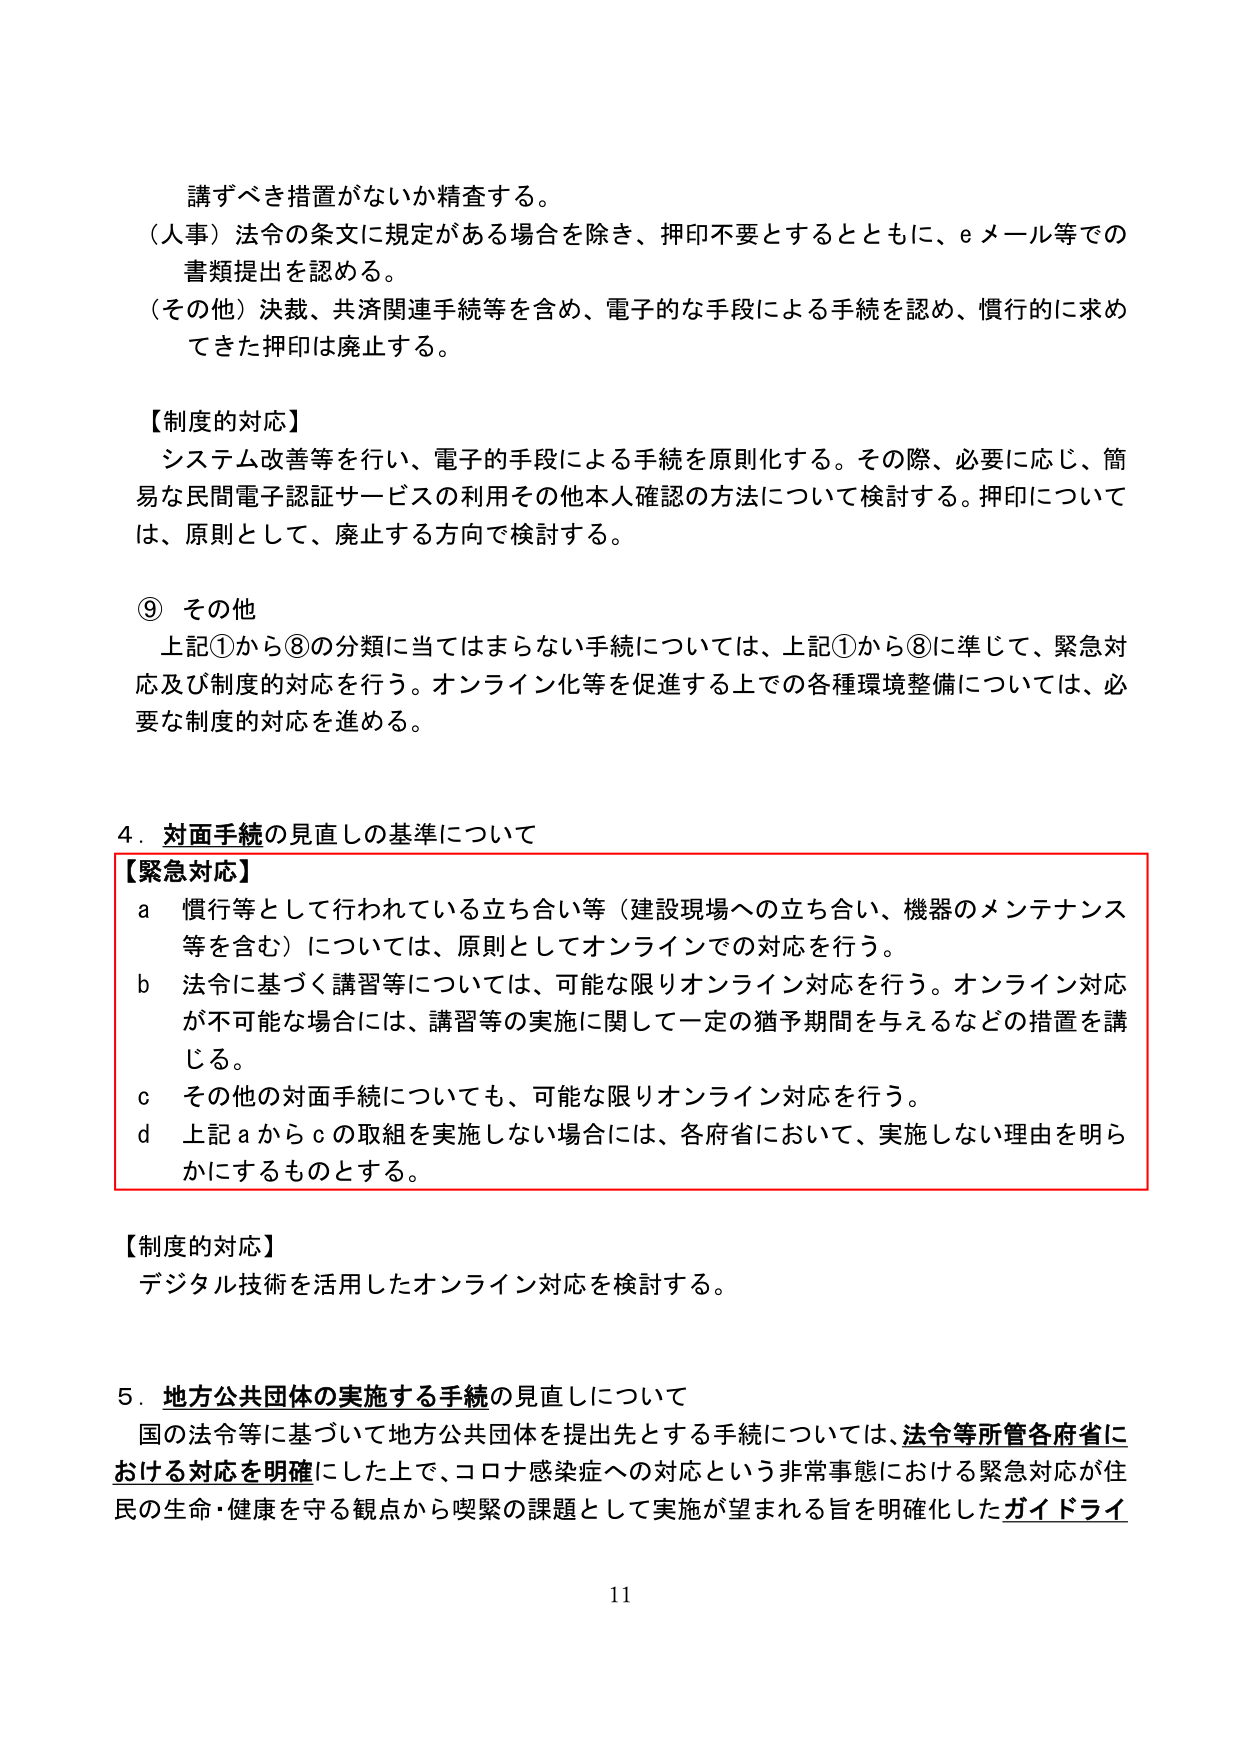
講ずべき措置がないか精査する。
（人事）法令の条文に規定がある場合を除き、押印不要とするとともに、eメール等での書類提出を認める。
（その他）決裁、共済関連手続等を含め、電子的な手段による手続を認め、慣行的に求めてきた押印は廃止する。

【制度的対応】
システム改善等を行い、電子的手段による手続を原則化する。その際、必要に応じ、簡易な民間電子認証サービスの利用その他本人確認の方法について検討する。押印については、原則として、廃止する方向で検討する。

⑨ その他
上記①から⑧の分類に当てはまらない手続については、上記①から⑧に準じて、緊急対応及び制度的対応を行う。オンライン化等を促進する上での各種環境整備については、必要な制度的対応を進める。

4．対面手続の見直しの基準について
【緊急対応】
a 慣行等として行われている立ち合い等（建設現場への立ち合い、機器のメンテナンス等を含む）については、原則としてオンラインでの対応を行う。
b 法令に基づく講習等については、可能な限りオンライン対応を行う。オンライン対応が不可能な場合には、講習等の実施に関して一定の猶予期間を与えるなどの措置を講じる。
c その他の対面手続についても、可能な限りオンライン対応を行う。
d 上記aからcの取組を実施しない場合には、各府省において、実施しない理由を明らかにするものとする。

【制度的対応】
デジタル技術を活用したオンライン対応を検討する。

5．地方公共団体の実施する手続の見直しについて
国の法令等に基づいて地方公共団体を提出先とする手続については、法令等所管各府省における対応を明確にした上で、コロナ感染症への対応という非常事態における緊急対応が住民の生命・健康を守る観点から喫緊の課題として実施が望まれる旨を明確化したガイドライン

11